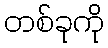
တစ်ခုကို